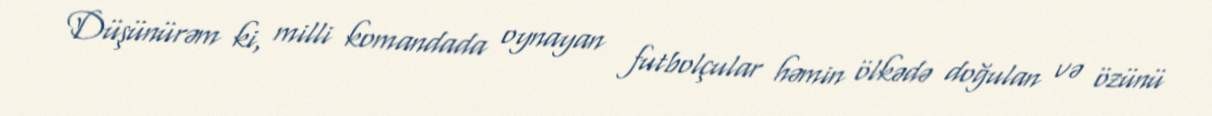
Düşünürəm ki, milli komandada oynayan futbolçular həmin ölkədə doğulan və özünü